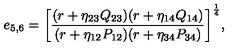
{ e _ { 5 , 6 } = \left[ { \frac { ( r + \eta _ { 2 3 } Q _ { 2 3 } ) ( r + \eta _ { 1 4 } Q _ { 1 4 } ) } { ( r + \eta _ { 1 2 } P _ { 1 2 } ) ( r + \eta _ { 3 4 } P _ { 3 4 } ) } } \right] ^ { \frac { 1 } { 4 } } } ,